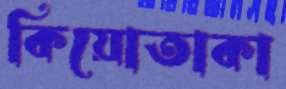
কিয়োতাকা